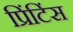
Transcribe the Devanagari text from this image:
प्रिंटिंस